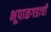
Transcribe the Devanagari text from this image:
भूपाळगडाची